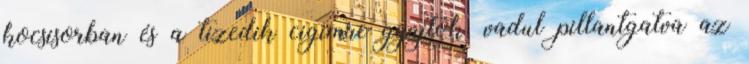
kocsisorban és a tizedik cigimre gyújtok, vadul pillantgatva az